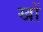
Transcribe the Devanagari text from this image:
खों